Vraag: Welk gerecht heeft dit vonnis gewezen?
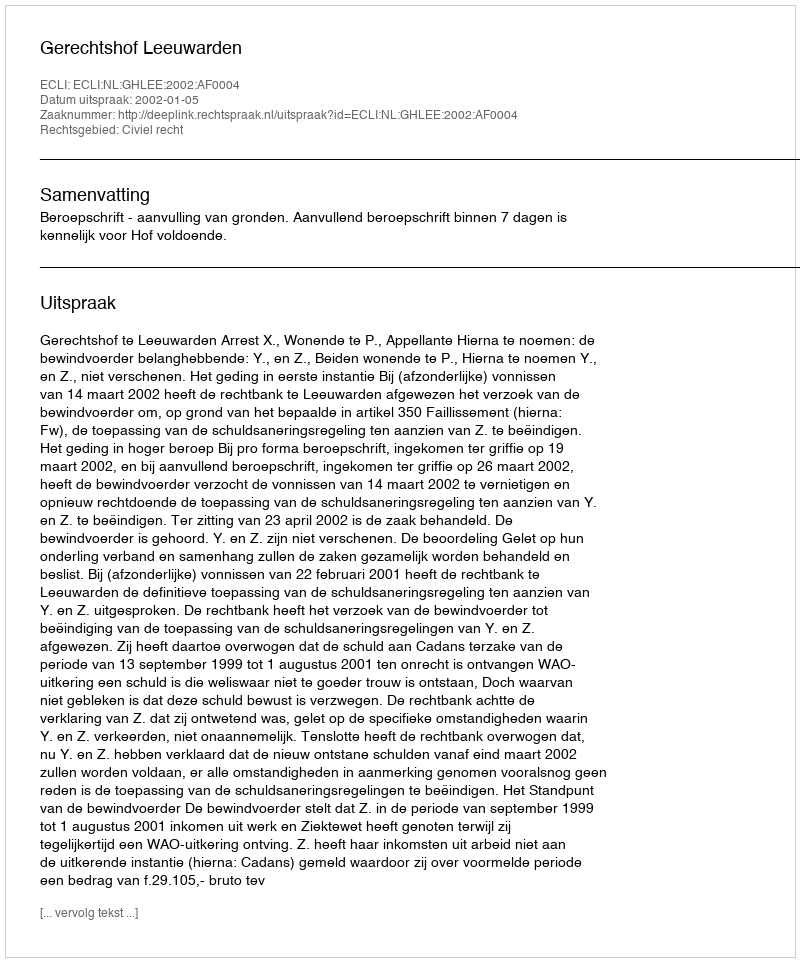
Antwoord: Gerechtshof Leeuwarden